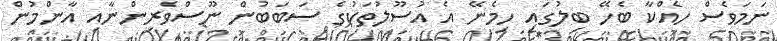
ނަމަވެސް ހެއްކާ ބެހޭ ބިލުގައި ހިމެނޭ އެ އުސޫލުތަކުގެ ސަބަބުން ނޫސްވެރިންނާއި އާންމުން